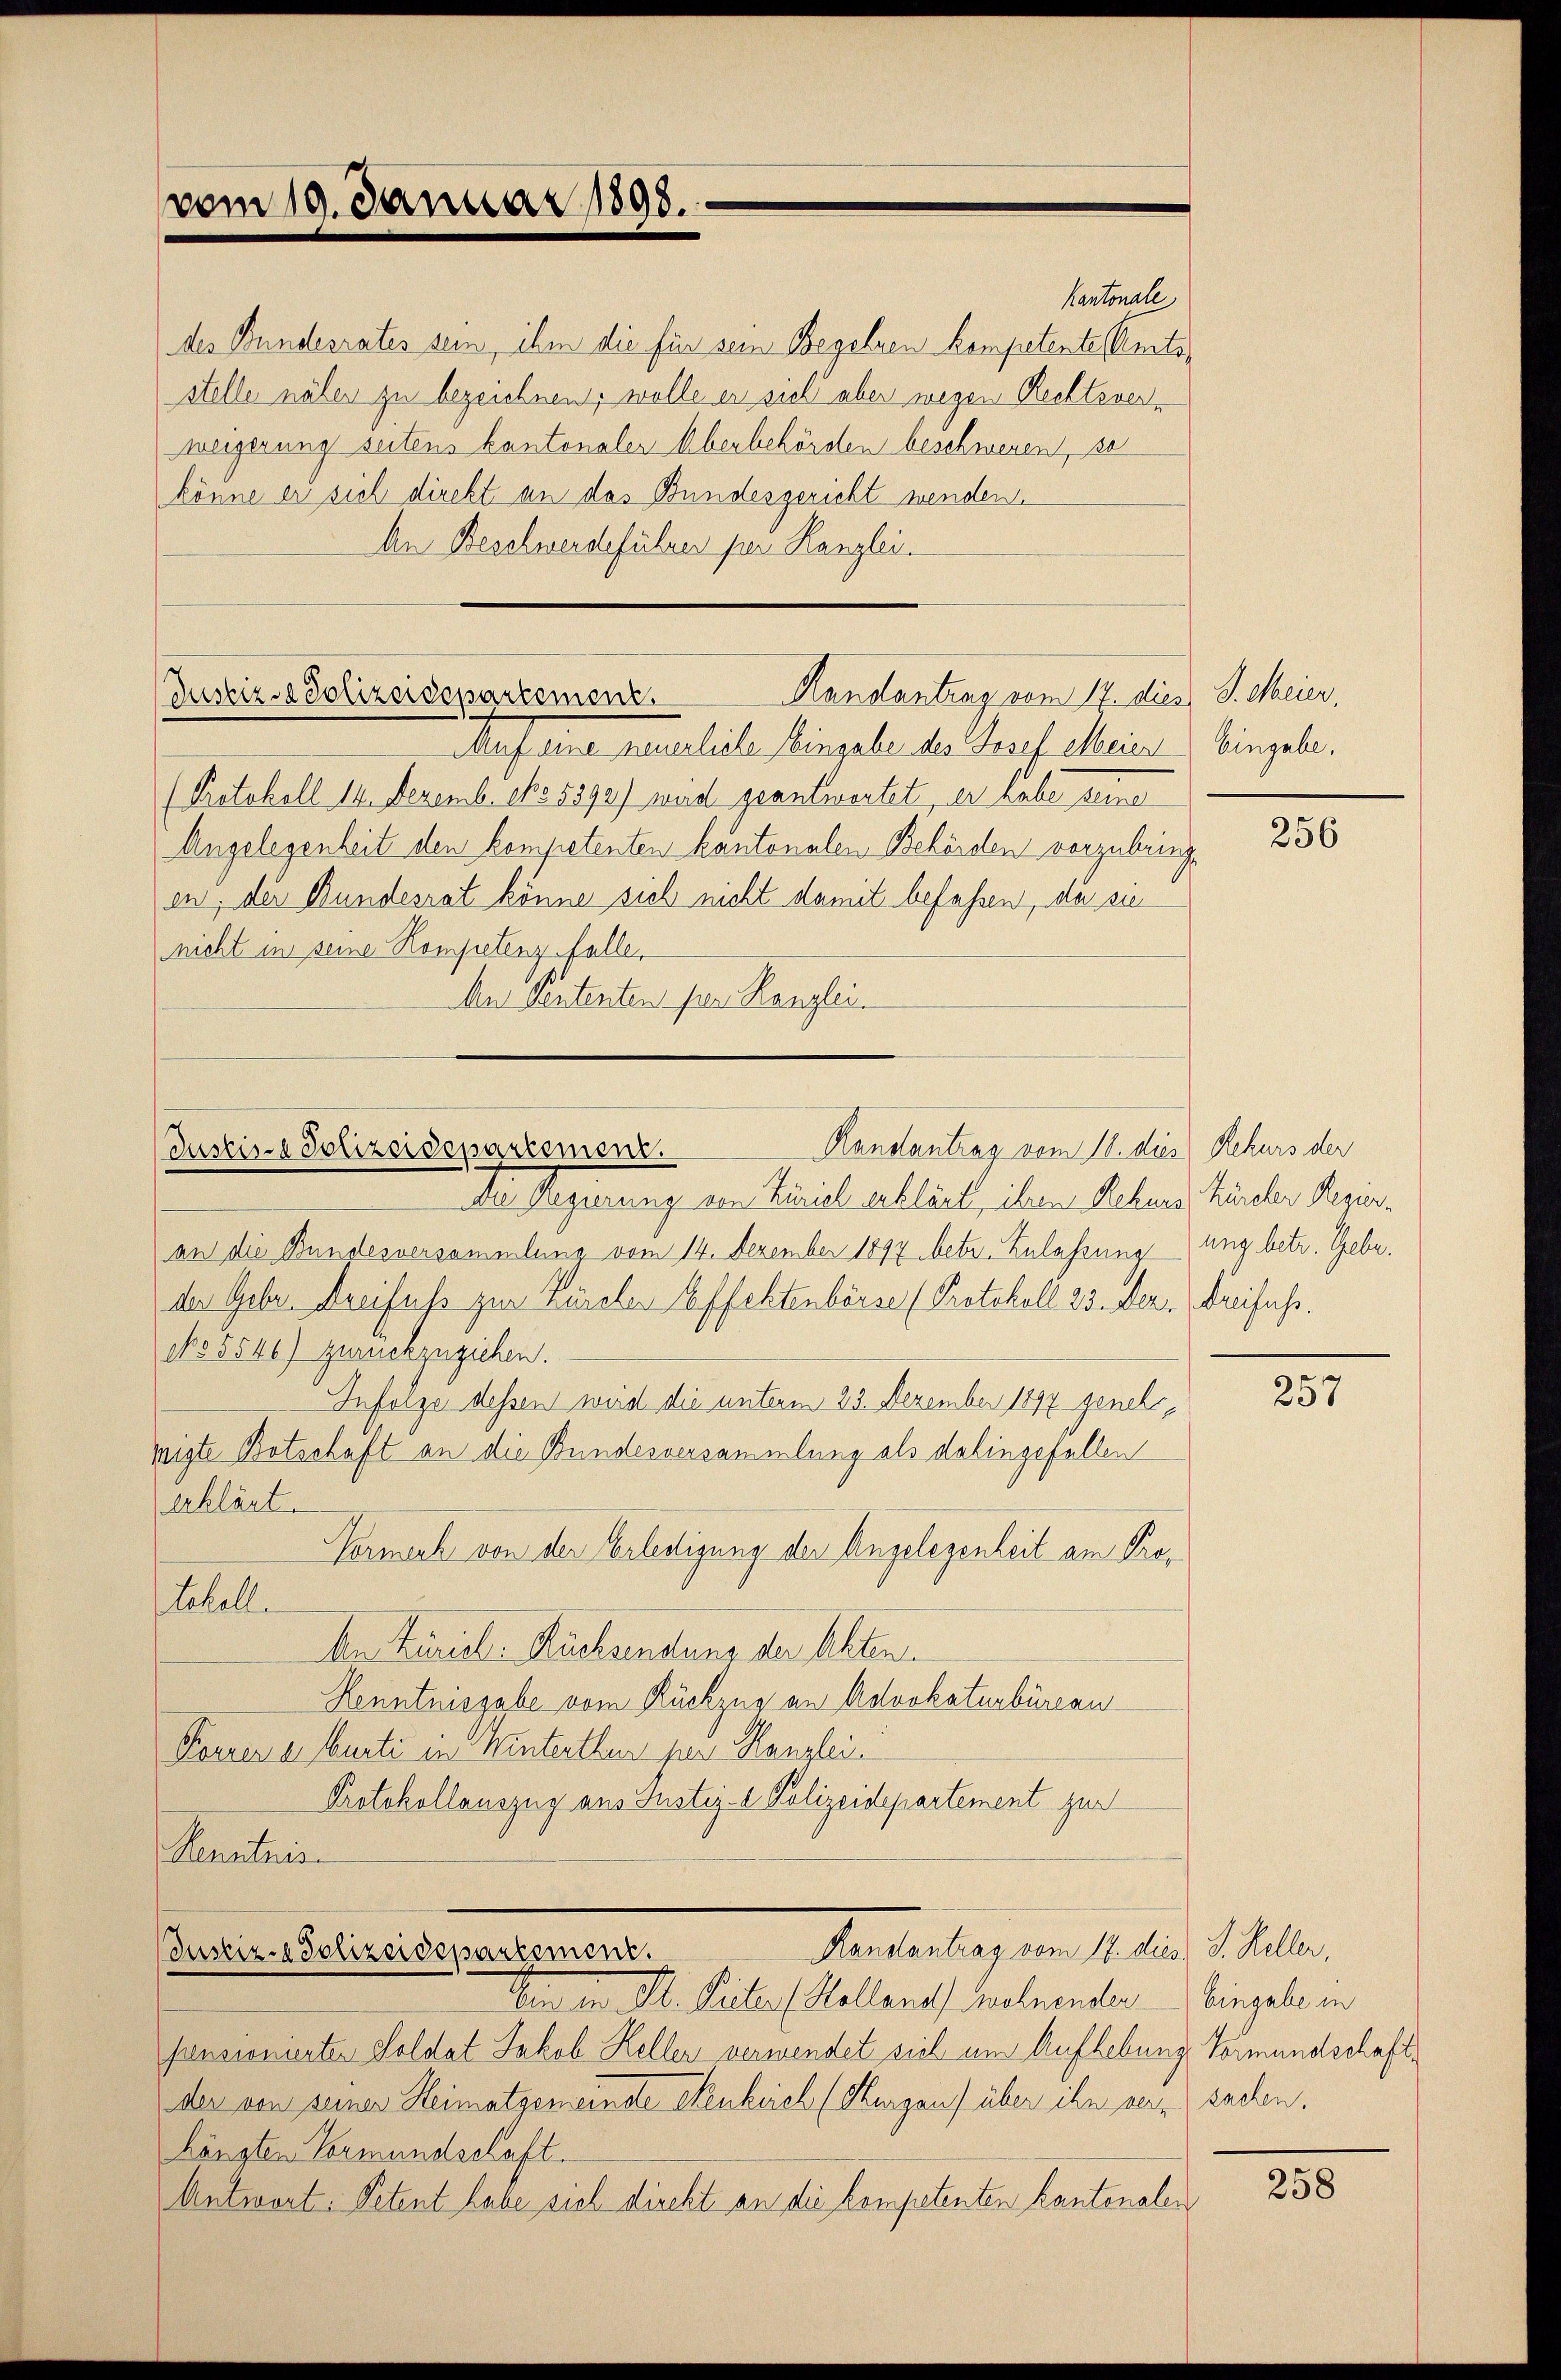
vom 19. Januar 1898.

des Bundesrates sein, ihm die für sein Begelnen kompetente Amtssteller näher zu bezeichnen, wolle er sich aber wegen Rechtsverweigerung seitens kantonaler Abenbehörden beschweren, se
könne er sich direkt an das Bundesgericht wenden.
An Beschwerdeführer per Kanzlei.
Handantrag vom 12. dies J. Meier.
Justiz & Polizeidepartement.
Aauf eine neuerliche Eingabe des Josef Meier Eingabe.
(Protokoll 14. Dezemb. pr 5592) wird geantwortet, er habe seine
Angelegenheit den kompetenten kantonalen Behörden vorzubringen, der Bundesrat könne sich nicht damit befassen, da sie
nicht in seine Kompetenz falle
Mar Sententen per Kanzlei

Kanalantrag vom 18. dies Rekurs der
Justiz- & Polizeidepartement.

Die Regierung von Züriel erklärte, ihren Rekurs Zürcher Regier
an die Bundesversammlung vom 14. Dezember 1897 betr. Zulassung ung betr. Gebr.
der Gebr. Dreifuss zur Zürchen Effektenbörse (Protokoll 23. Dez. Dreifuss.
No 5546) zurückzuziehen.
Infolge dessen wird die unterm 23. Dezember 1897 genehwigte Botschaft an die Bundesversammlung als dahingefallen
erklärt.
Vornach von der Erlertigung der Angelegenheit am Pro¬
Schelle
An Zürich: Küchsendung der Akten
Kenntnisgabe vom Rückzug an Advokaturbüreau
Perren an Murti in Hinterthur per Kanzlei
Protokollauszug aus Justiz- & Polizeidepartement zur
Kenntnis
Kansantrag vom 14. dies J. Keller,
Justiz- & Polizeidepartement.
Man der Dr. Seiten (Kolleras mehrender
pensionierter Soldat Jakob Heller verwendet sieh um Aufhebung Vormundschaftder von seiner Heimatgemeinste denklich (Kurgauf über ihn herz sachen.
hängten Vormundschaft.
Antwort: Petent habe sich direkt an die kompetenten Kantonalen

Cantonale

256

257

Eingabe in

258